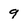
Character: 9